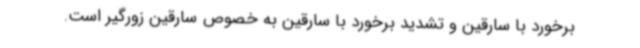
برخورد با سارقین و تشدید برخورد با سارقین به خصوص سارقین زورگیر است.